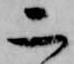
二